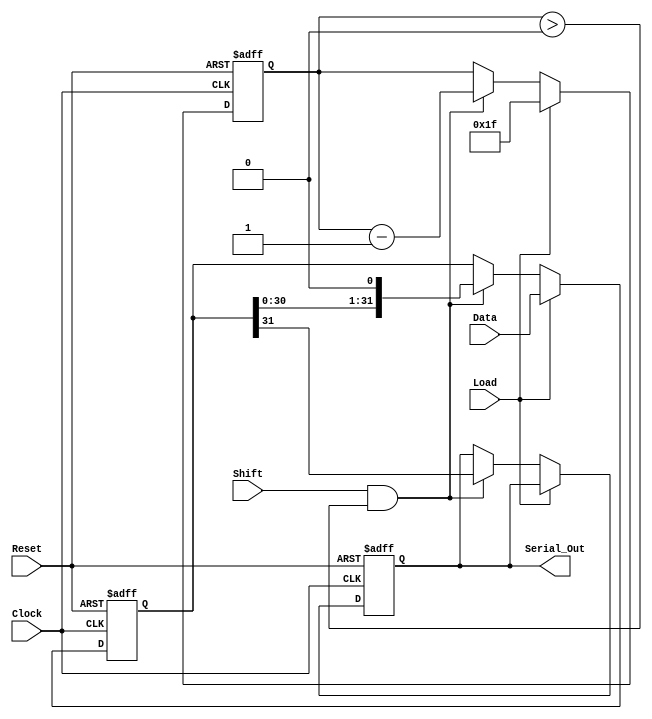
module PISO_Register (
    input wire [31:0] Data,      // 32-bit parallel input data bus
    input wire Load,             // Control signal to load data
    input wire Shift,            // Control signal to shift data out
    input wire Clock,            // Clock signal
    input wire Reset,            // Asynchronous reset signal
    output reg Serial_Out        // Serial output
);

    reg [31:0] shift_reg;        // Internal 32-bit register
    reg [4:0] shift_count;       // Counter to track the number of shifts

    always @(posedge Clock or posedge Reset) begin
        if (Reset) begin
            shift_reg <= 32'b0;   // Clear the register on reset
            Serial_Out <= 1'b0;   // Clear the serial output
            shift_count <= 5'b0;   // Reset the shift counter
        end else begin
            if (Load) begin
                shift_reg <= Data; // Load data into the register
                shift_count <= 5'd31; // Set counter to 31 for shifting
            end else if (Shift && shift_count > 0) begin
                Serial_Out <= shift_reg[31]; // Output the MSB
                shift_reg <= {shift_reg[30:0], 1'b0}; // Shift right
                shift_count <= shift_count - 1; // Decrement shift counter
            end
        end
    end

endmodule